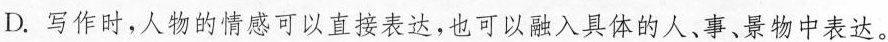
D.写作时，人物的情感可以直接表达，也可以融入具体的人、事、景物中表达。